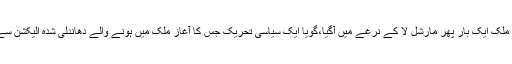
پاکستان کے کچھ علاقوں میں فوج کو طلب کر لیا گیا،اور جزوی طور پر ملک ایک بار پھر مارشل لا کے نرغے میں آگیا،گویا ایک سیاسی تحریک جس کا آغاز ملک میں ہونے والے دھاندلی شدہ الیکشن سے ہوا،اس تحریک نے مذہبی رنگ اپنایا اور اس کا اختتام مارشل لا پر ہوا۔